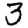
Digit: 3